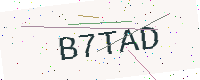
Text: B7TAD